Scottish assistants in French and Prussian schools and colleges, 1912
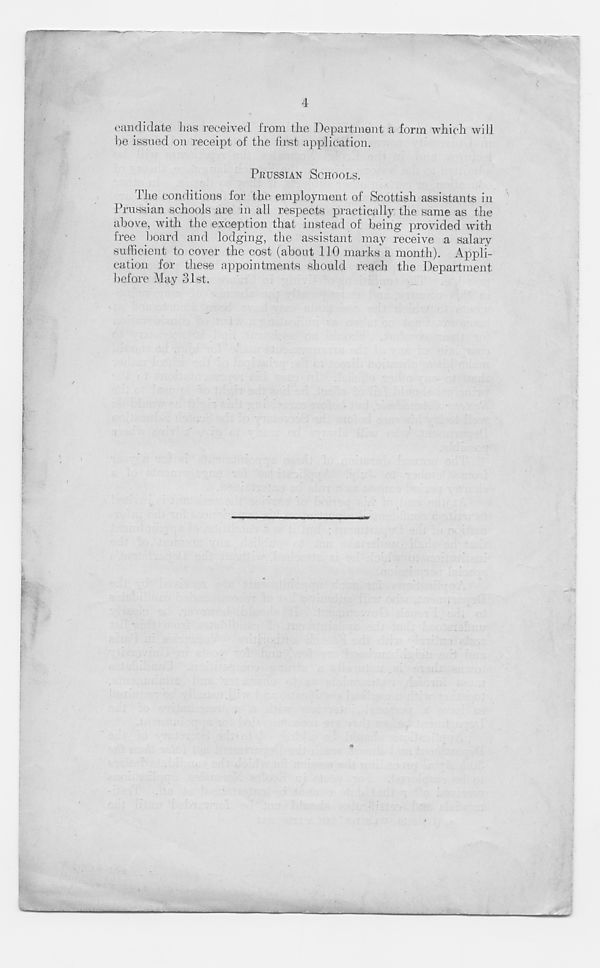
candidate has received from the Department a form which will
he issued on receipt of the first application.
PRUSSIAN SCHOOLS.
The conditions for the employment of Scottish assistants in
Prussian schools are in all respects practically the same as the
above, with the exception that instead of being provided with
free board and lodging, the assistant may receive a salary
sufficient to cover the cost (about 110 marks a month). Appli-
cation for these appointments should reach the Department
before May 31st.